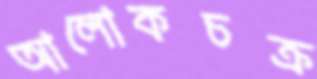
আলোকচক্র